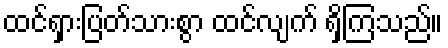
ထင်ရှားပြတ်သားစွာ ထင်လျက် ရှိကြသည်။